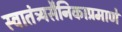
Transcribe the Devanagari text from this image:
स्वातंत्र्यसैनिकाप्रमाणे